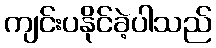
ကျင်းပနိုင်ခဲ့ပါသည်